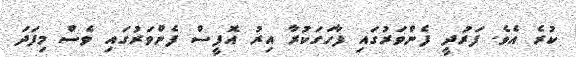
ކުރެ އެވެ. ފަރުދީ ފެންވަރުގައި ފާހަގަކުރާ އިރު އޮފީސް ފެންވަރުގައި ވެސް މިފަދަ